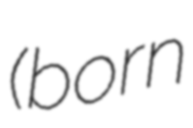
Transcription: (born